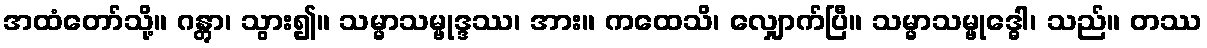
အထံတော်သို့။ ဂန္တွာ၊ သွား၍။ သမ္မာသမ္ဗုဒ္ဒဿ၊ အား။ ကထေသိ၊ လျှောက်ပြီ။ သမ္မာသမ္ဗုဒ္ဓေါ၊ သည်။ တဿ